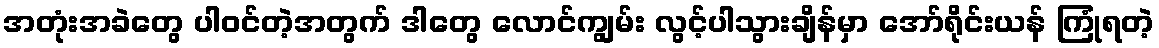
အတုံးအခဲတွေ ပါဝင်တဲ့အတွက် ဒါတွေ လောင်ကျွမ်း လွင့်ပါသွားချိန်မှာ အော်ရိုင်းယန် ကြုံရတဲ့